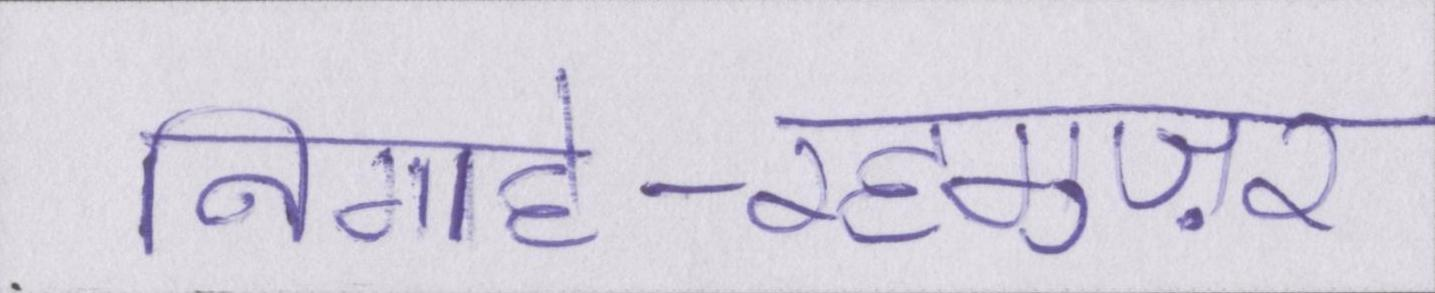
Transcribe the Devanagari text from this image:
निगाहे-रहगुज़र